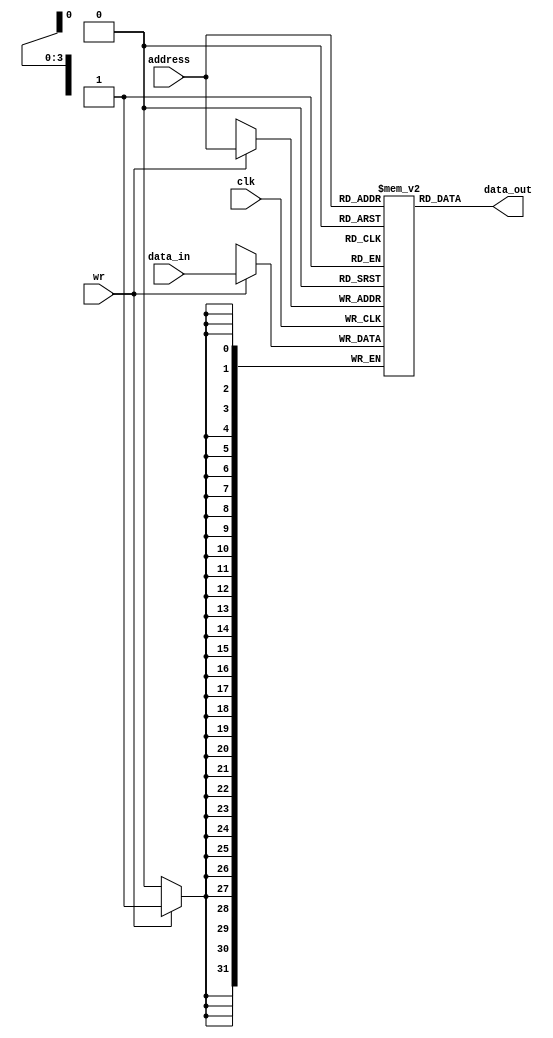
/*
This code is for 4*4 data_memory. convert it to 16*32 data_memory.
*/
module data_memory ( data_out , address,data_in ,wr,clk ) ;
output [31:0] data_out;
input [31:0] data_in;
input [3:0] address;
input wr,clk;

reg [31:0] data_mem [15:0];

assign data_out=data_mem[address];

always @ (posedge clk )
if (wr==1)
data_mem[address]=data_in;

endmodule